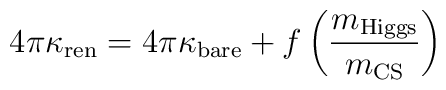
4\pi\kappa_{\rm ren}=4\pi \kappa_{\rm bare}+f\left({m_{\rm Higgs}\over m_{\rm CS}}\right)